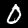
Digit: 0